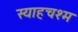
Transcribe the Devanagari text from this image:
स्याहचश्म